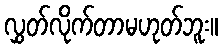
လွှတ်လိုက်တာမဟုတ်ဘူး။